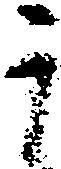
于